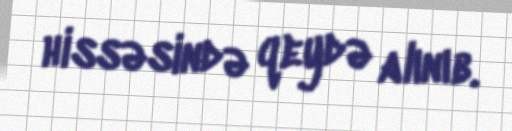
hissəsində qeydə alınıb.